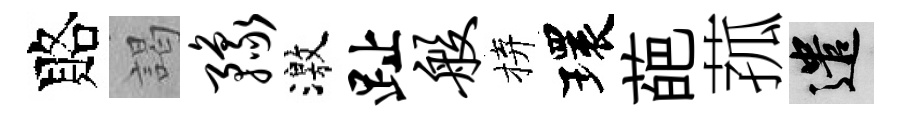
賂謁豫激趾般拚環葩菰遣